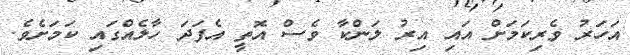
އަހަރު ވެރިކަމަށް އައި އިރު ލަންކާ ވެސް އޮތީ އެފަދަ ހާލެއްގައި ކަމަށެވެ.